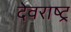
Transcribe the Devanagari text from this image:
देवराष्ट्र